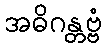
အဓိဂန္တဗ္ဗံ